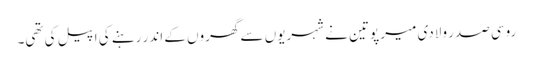
روسی صدر ولادی میر پوتین نے شہریوں سے گھروں کے اندر رہنے کی اپیل کی تھی۔